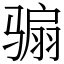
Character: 骟